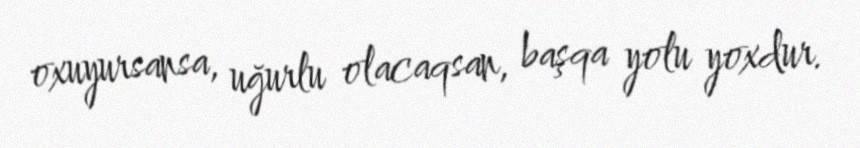
oxuyursansa, uğurlu olacaqsan, başqa yolu yoxdur.